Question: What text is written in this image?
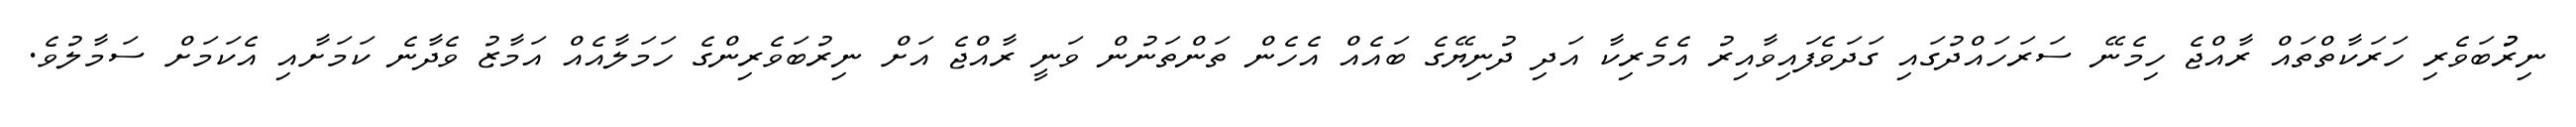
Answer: ނިރުުބަވެރި ހަރަކާތްތައް ރާއްޖެ ހިމެނޭ ސަރަހައްދުގައި ގަދަވެފައިވާއިރު އެމެރިކާ އަދި ދުނިޔޭގެ ބައެއް އެހެން ތަންތަނުން ވަނީ ރާއްޖެ އަށް ނިރުބަވެރިންގެ ހަމަލާއެއް އަމާޒު ވެދާނެ ކަމަށާއި އެކަމަށް ސަމާލުވެ.